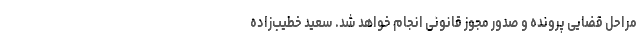
مراحل قضایی پرونده و صدور مجوز قانونی انجام خواهد شد. سعید خطیب‌زاده